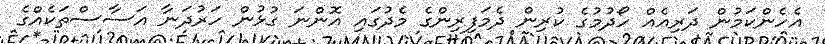
އެހެންކަމުން ދަރިއެއް ހޯދުމުގެ ކުރިން ދެމަފިރިންގެ މެދުގައި އޮންނަ ގުޅުން ހަރުދަނާ އަސާސްތަކެއްގެ